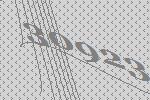
30923